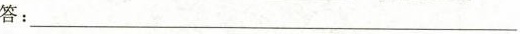
答：___